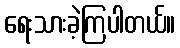
ရေးသားခဲ့ကြပါတယ်။